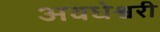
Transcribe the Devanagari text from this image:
अवधेश्वरी